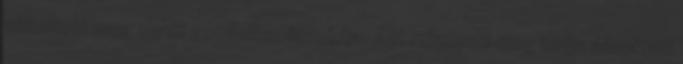
változott meg senki gondolkodásmódja. Azt mindenki meg tudja állapítani